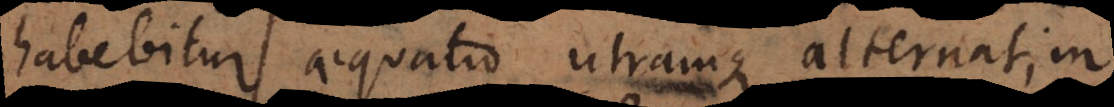
habebitur aequatio utramque alternatim